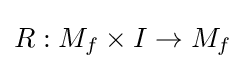
R:M_{f}\times I\rightarrow M_{f}